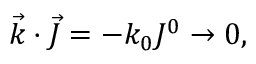
{ \vec { k } } \cdot { \vec { J } } = - k _ { 0 } J ^ { 0 } \rightarrow 0 ,